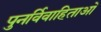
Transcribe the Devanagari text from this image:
पुनर्विवाहिताओं